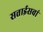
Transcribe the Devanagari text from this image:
सत्ताईसवां